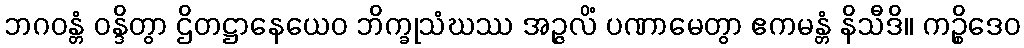
ဘဂဝန္တံ ဝန္ဒိတွာ ဌိတဋ္ဌာနေယေဝ ဘိက္ခုသံဃဿ အဉ္ဇလိံ ပဏာမေတွာ ဧကမန္တံ နိသီဒိ။ ကဉ္စိဒေဝ